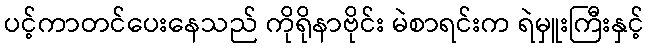
ပင့်ကာတင်ပေးနေသည် ကိုရိုနာဗိုင်း မဲစာရင်းက ရဲမှူးကြီးနှင့်